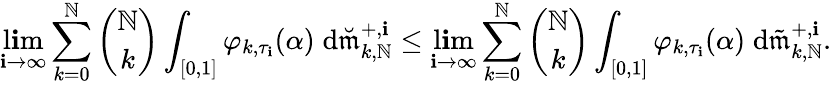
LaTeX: \operatorname*{l\mathbf{i}m}_{\mathbf{i}\to\infty}\sum_{k=0}^{\mathbb{N}}{\binom{\mathbb{N}}{k}}\int_{[0,1]}\varphi_{k,\tau_{\mathbf{i}}}(\alpha)\; \mathrm{{d}}\breve{{\mathfrak{{m}}}}_{k,\mathbb{N}}^{+,\mathbf{i}}\leq\operatorname*{l\mathbf{i}m}_{\mathbf{i}\to\infty}\sum_{k=0}^{\mathbb{N}}{\binom{\mathbb{N}}{k}}\int_{[0,1]}\varphi_{k,\tau_{\mathbf{i}}}(\alpha)\; \mathrm{{d}}\tilde{{\mathfrak{{m}}}}_{k,\mathbb{N}}^{+,\mathbf{i}}.